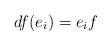
LaTeX: \begin{align*}df(e_i) = e_i f \end{align*}